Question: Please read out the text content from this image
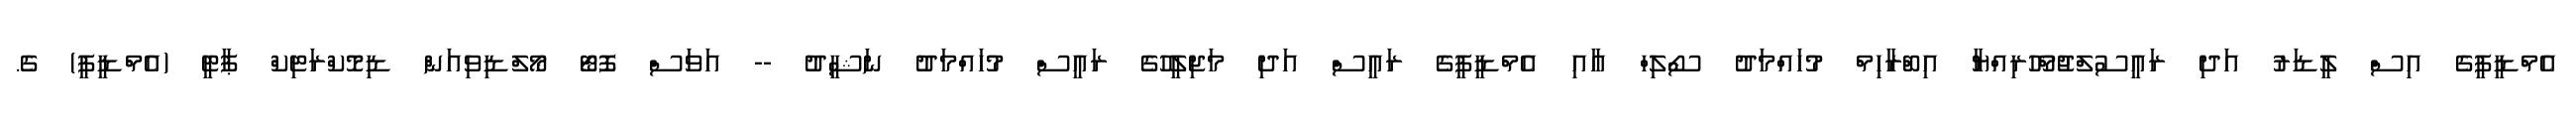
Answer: އެމްޑީޕީގެ އިސް ލީޑަރު އަދި ރައީސުލްޖުމްހޫރިއްޔާ އިބްރާހިމް މުހައްމަދު ސޯލިހް އާއި އެމްޑީޕީގެ ރައީސް އަދި މަޖިލީހުގެ ރައީސް މުހައްމަދު ނަޝީދު -- އަވަސް ފޮޓޯ މޯލްޑިވިއަން ޑިމޮކްރަޓިކް ޕާޓީ (އެމްޑީޕީ) ގެ.